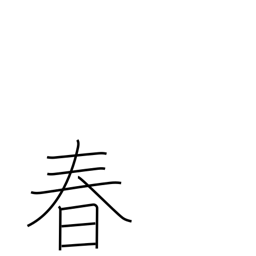
Meaning: springtime